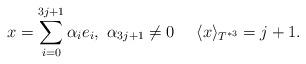
LaTeX: \begin{align*} x= \sum_{i=0}^{3j+1}\alpha_{i}e_{i},~\alpha_{3j+1}\neq 0\quad~\langle x\rangle_{T^{*3}}=j+1. \end{align*}